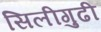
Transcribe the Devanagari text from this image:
सिलीगुढी